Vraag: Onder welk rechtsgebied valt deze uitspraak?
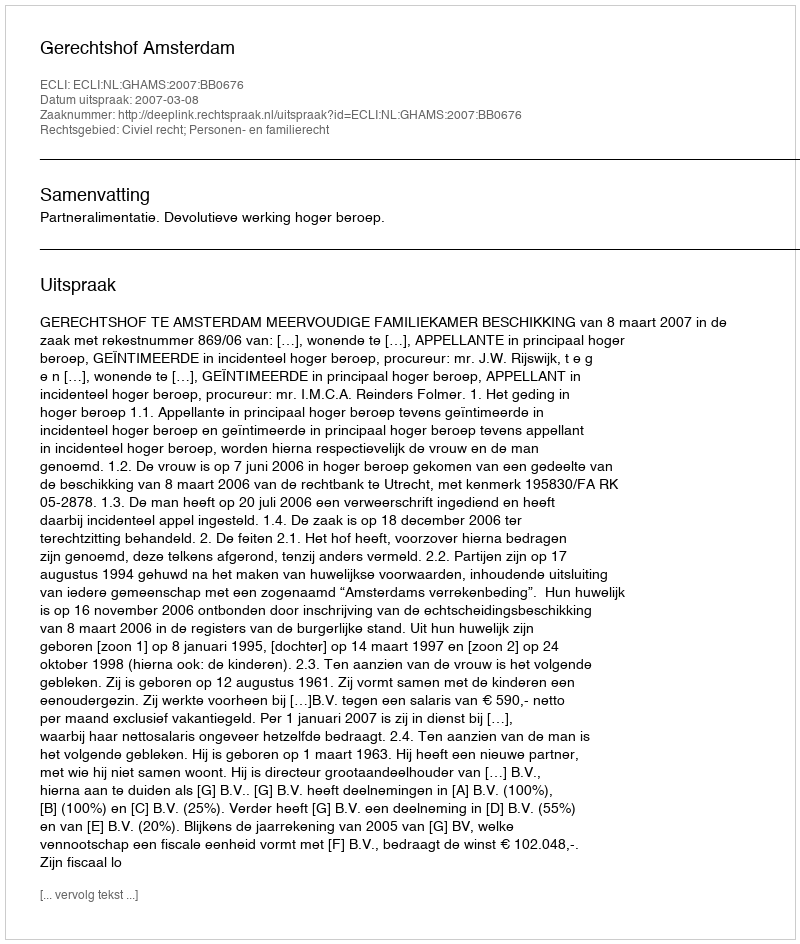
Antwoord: Civiel recht; Personen- en familierecht